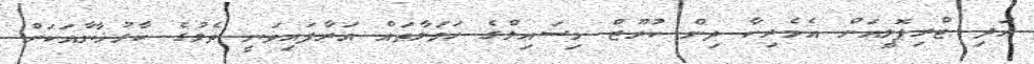
އަދި ޓްރިޕޮލީއަށް އެމެރިކާ ދިން ކުރޫޒް މިސައިލްގެ ހަމަލާތައް އަރާފައިވަނީ ތެލުގެ ކާރުޚާނާއަކަށް